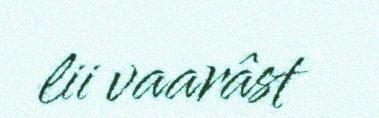
lii vaarâst